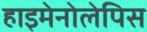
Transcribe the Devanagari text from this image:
हाइमेनोलेपिस